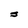
Character: s